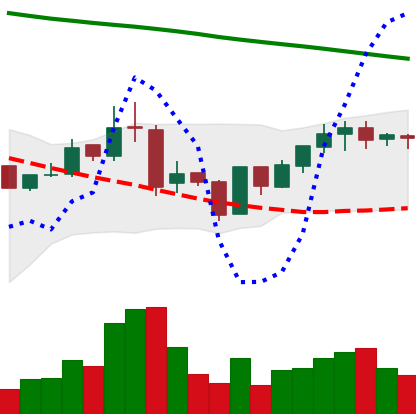
Ticker: BNB-USD
Chart end date: 2019-01-22
Forward return: 8.661%
Label: up_7plus